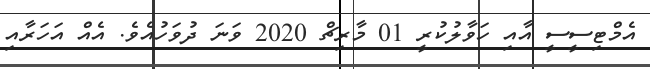
އެމްޓިސީސީ އާއި ހަވާލުކުރީ 01 މާރިޗް 2020 ވަނަ ދުވަހުއެވެ. އެއް އަހަރާއި